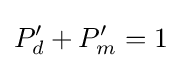
P_{d}'+P_{m}'=1